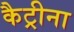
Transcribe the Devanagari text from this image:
कैट्रीना